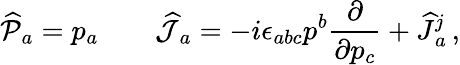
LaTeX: {\widehat{\cal P}}{}_{a}=p_{a}\qquad{\widehat{\cal J}}{}_{a}=-i\epsilon_{abc}p^{b}\frac{\partial}{\partial p_{c}}+{\widehat J}{}_{a}^{j}\, ,